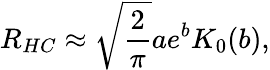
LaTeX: R_{HC}\approx\sqrt{\frac{2}{\pi}}ae^{b}K_{0}(b),